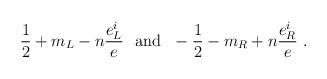
LaTeX: \begin{align*}\frac{1}{2} + m_L -n\frac{e_L^i}{e}~~ \mbox{and}~~ -\frac{1}{2} - m_R+n\frac{e_R^i}{e}~.\end{align*}